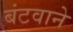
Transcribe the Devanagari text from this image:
बंटवाने